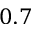
0 . 7